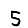
Digit: 5